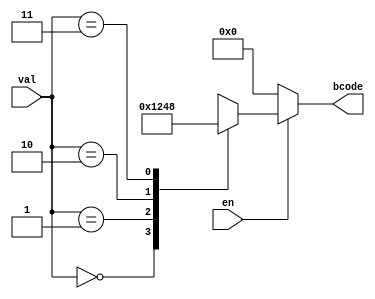
module binary_encoder
(
	input wire [1:0] val,
	output reg [3:0] bcode,
	input wire en
);

always@*
	if (en == 1'b0)
		bcode = 4'b0000;
	else
		case(val)
			2'b00 : bcode = 4'b0001; 
			2'b01 : bcode = 4'b0010; 
			2'b10 : bcode = 4'b0100; 
			2'b11 : bcode = 4'b1000; 
		endcase

endmodule